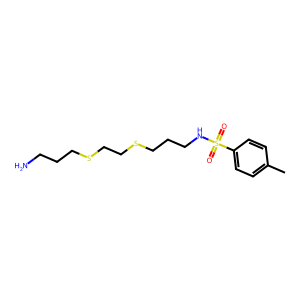
SMILES: Cc1ccc(S(=O)(=O)NCCCSCCSCCCN)cc1
Inhibits HIV replication: No